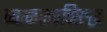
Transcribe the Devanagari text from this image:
व्याकरणविरुद्ध